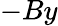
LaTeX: -By